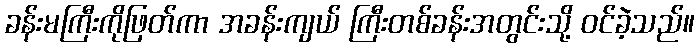
ခန်းမကြီးကိုဖြတ်ကာ အခန်းကျယ် ကြီးတစ်ခန်းအတွင်းသို့ ဝင်ခဲ့သည်။